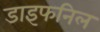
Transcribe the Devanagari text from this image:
डाइफनिल